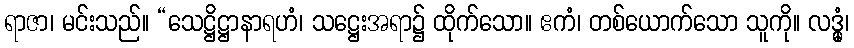
ရာဇာ၊ မင်းသည်။ “သေဋ္ဌိဋ္ဌာနာရဟံ၊ သဋ္ဌေးအရာ၌ ထိုက်သော။ ဧကံ၊ တစ်ယောက်သော သူကို။ လဒ္ဓုံ၊